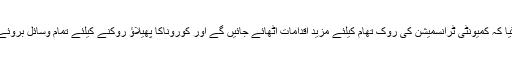
اجلاس میں فیصلہ کیاگیا کہ کمیونٹی ٹرانسمیشن کی روک تھام کیلئے مزید اقدامات اٹھائے جائیں گے اور کوروناکا پھیلاؤ روکنے کیلئے تمام وسائل بروئے کار لائے جائیں گے۔